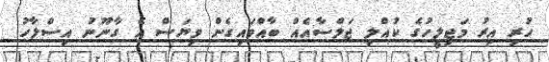
ހުރި އިރު މަޖިލީހުގެ ކުއްލި ޖަލްސާއެއް ބާއްވައިގެން ވިޔަސް އެ ގާނޫނު އިސްލާހު